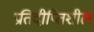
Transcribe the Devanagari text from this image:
प्रतिदीप्तिशील